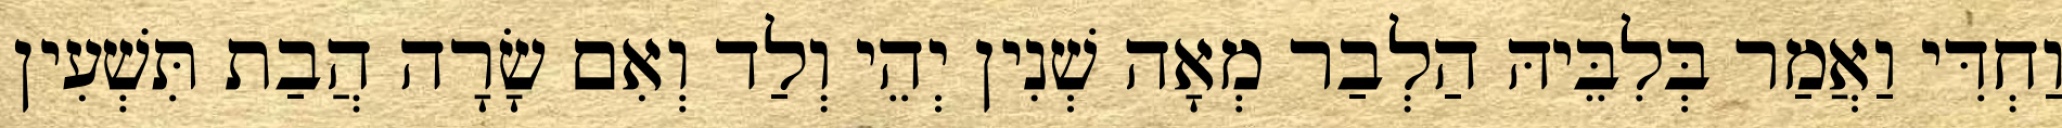
וַחְדִּי וַאֲמַר בְּלִבֵּיהּ הַלְבַר מְאָה שְׁנִין יְהֵי וְלַד וְאִם שָׂרָה הֲבַת תִּשְׁעִין